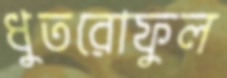
ধুতরোফুল